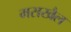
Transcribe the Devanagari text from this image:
मसखैल